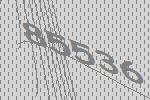
85536